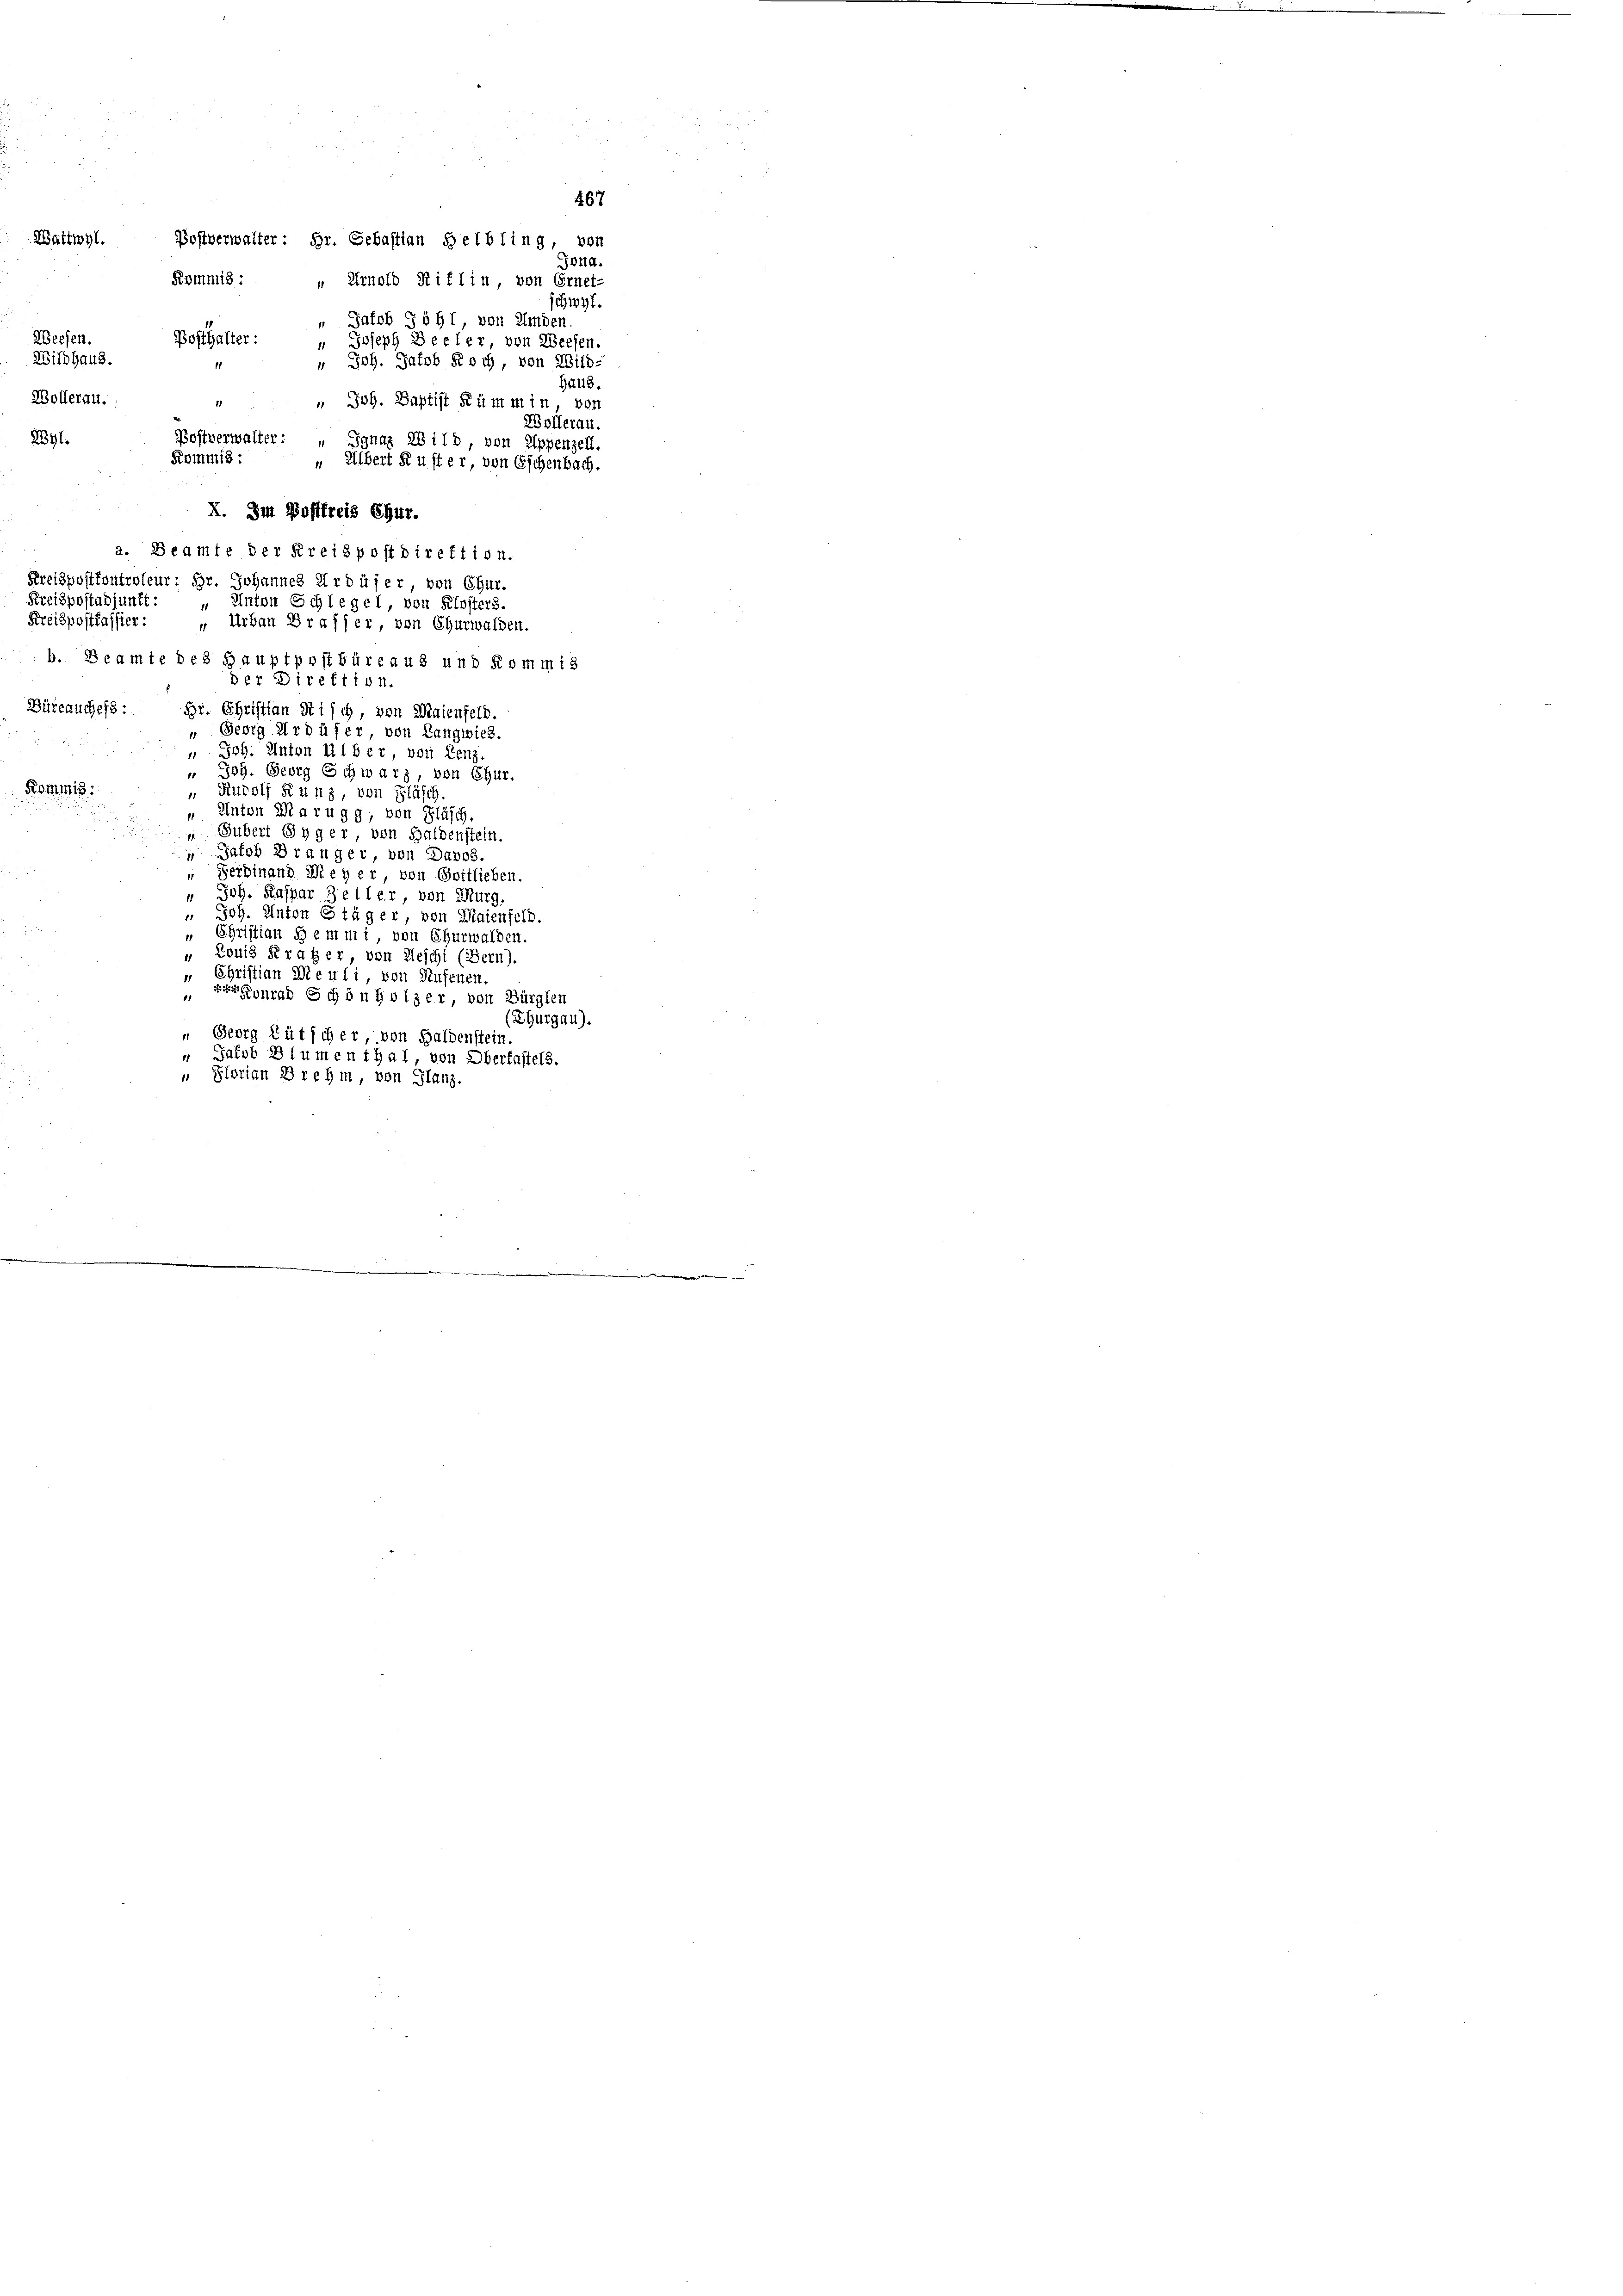
Posthalter:
1
Kommis:
X. Im Pastfreis Chur.
a. Beamte der Kreispostdirektion.
Kreispostkontroleur; Hr. Johannes Ardüfer, von Chur-
Kreispostadjunkt:
" Anton Schlegel, von Klosters.
Preispostkassier:
 Urban Brasser, von Churwalden.
b. Beamte des Hauptpostbüreaus und Kommis
Der Direktion.
Büreauchefs: Hr. Christian Risch, von Maienfeld.
“ Georg Ardüfer von Langwies.
 Joh. Anton III b er von Lenz
" Joh. Georg Schwarz, von Chur,
Kommis
„Rurolf Kunz, von Gläsch
" Anton Marugg, von Fläsch.
 Gubert Syger von Haldenstein.
 Jalob Dränger, von Davos.
“ Ferdinand Meyer, von Gottlieben.
" Joh. Kaspar Zeller, von Murg,
 Joh. Anton Stäger, von Maienfeld.
„ Christian Hemmi, von Churwalden.
„ Louis Kraher von Aeschi (Bern).
„ Christian Die uli, von Rufenen.
vr Konrad Schönholzer, von Bürglen
(Thurgau).
 Georg Lütscher, von Haldenstein
" Jacob Blumenthal, von Oberfassels.
" Storian Drehm, von Glanz.

Weesen.
Wildhaus.
Wollerau.
2yl.

Wattwyl.

Postverwalter: Hr. Sebastian Helbling, von

Jona.
Kommis: " Arnold Stiflin, von Ernef-
chwyl.
 Jakob Jöht, von Amden
 Joseph Seeler, von Weesen.
u Joh. Jakob Roch, von Wild.
Haus.
 Joh. Baptist Kümmin, von
Wolleran.
Postverwalter: „ Ignaz 28 118, von Appenzell.
" Albert Suster, von Eschenbach.

467